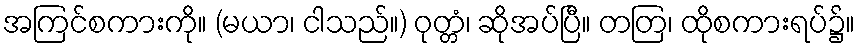
အကြင်စကားကို။ (မယာ၊ ငါသည်။) ဝုတ္တံ၊ ဆိုအပ်ပြီ။ တတြ၊ ထိုစကားရပ်၌။